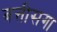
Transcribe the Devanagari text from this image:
बत्तीसगा